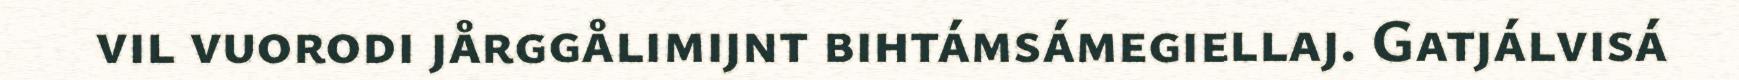
vil vuorodi jårggålimijnt bihtámsámegiellaj. Gatjálvisá